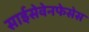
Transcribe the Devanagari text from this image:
साईसेवेनफेसेस